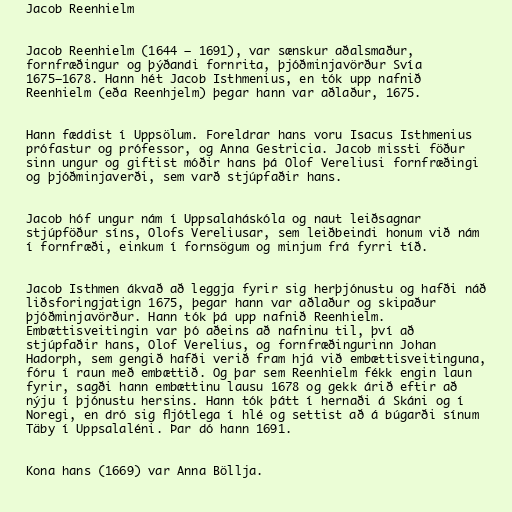
Jacob Reenhielm

Jacob Reenhielm (1644 – 1691), var sænskur aðalsmaður,
fornfræðingur og þýðandi fornrita, þjóðminjavörður Svía
1675–1678. Hann hét Jacob Isthmenius, en tók upp nafnið
Reenhielm (eða Reenhjelm) þegar hann var aðlaður, 1675.

Hann fæddist í Uppsölum. Foreldrar hans voru Isacus Isthmenius
prófastur og prófessor, og Anna Gestricia. Jacob missti föður
sinn ungur og giftist móðir hans þá Olof Vereliusi fornfræðingi
og þjóðminjaverði, sem varð stjúpfaðir hans.

Jacob hóf ungur nám í Uppsalaháskóla og naut leiðsagnar
stjúpföður síns, Olofs Vereliusar, sem leiðbeindi honum við nám
í fornfræði, einkum í fornsögum og minjum frá fyrri tíð.

Jacob Isthmen ákvað að leggja fyrir sig herþjónustu og hafði náð
liðsforingjatign 1675, þegar hann var aðlaður og skipaður
þjóðminjavörður. Hann tók þá upp nafnið Reenhielm.
Embættisveitingin var þó aðeins að nafninu til, því að
stjúpfaðir hans, Olof Verelius, og fornfræðingurinn Johan
Hadorph, sem gengið hafði verið fram hjá við embættisveitinguna,
fóru í raun með embættið. Og þar sem Reenhielm fékk engin laun
fyrir, sagði hann embættinu lausu 1678 og gekk árið eftir að
nýju í þjónustu hersins. Hann tók þátt í hernaði á Skáni og í
Noregi, en dró sig fljótlega í hlé og settist að á búgarði sínum
Täby í Uppsalaléni. Þar dó hann 1691.

Kona hans (1669) var Anna Böllja.